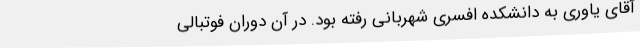
آقای یاوری به دانشکده افسری شهربانی رفته بود. در آن دوران فوتبالی